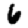
Digit: 6